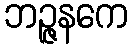
ဘဉ္ဇနကေ